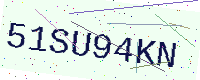
Text: 51SU94KN